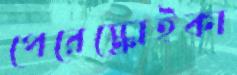
পেরেস্ক্রোইকা